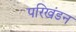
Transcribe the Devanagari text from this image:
परिखंडन